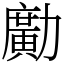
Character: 𠢹